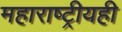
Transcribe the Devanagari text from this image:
महाराष्ट्रीयही